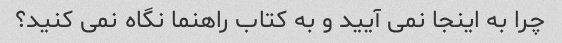
چرا به اینجا نمی آیید و به کتاب راهنما نگاه نمی کنید؟